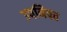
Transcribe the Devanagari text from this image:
उपनिषत